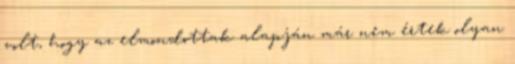
volt, hogy az elmondottak alapján már nem értek olyan